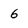
Character: 6